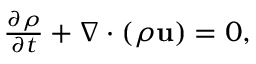
\begin{array} { r } { \frac { \partial \rho } { \partial t } + \nabla \cdot ( \rho \mathbf { u } ) = 0 , } \end{array}